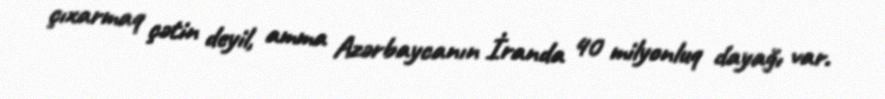
çıxarmaq çətin deyil, amma Azərbaycanın İranda 40 milyonluq dayağı var.